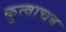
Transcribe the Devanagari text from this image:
कूत्वाचक